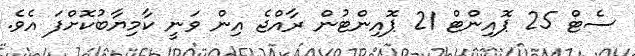
ސެޓް 25 ޕޮއިންޓް 21 ޕޮއިންޓުން ރާއްޖެ އިން ވަނީ ކާމިޔާބުކޮށްފަ އެވެ.